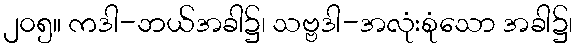
၂၀၅။ ကဒါ-ဘယ်အခါ၌၊ သဗ္ဗဒါ-အလုံးစုံသော အခါ၌၊